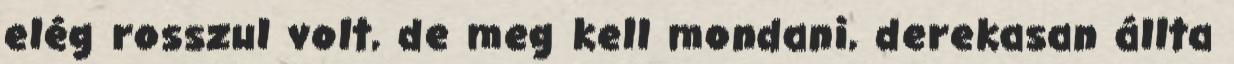
elég rosszul volt, de meg kell mondani, derekasan állta